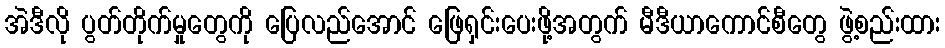
အဲဒီလို ပွတ်တိုက်မှုတွေကို ပြေလည်အောင် ဖြေရှင်းပေးဖို့အတွက် မီဒီယာကောင်စီတွေ ဖွဲ့စည်းထား